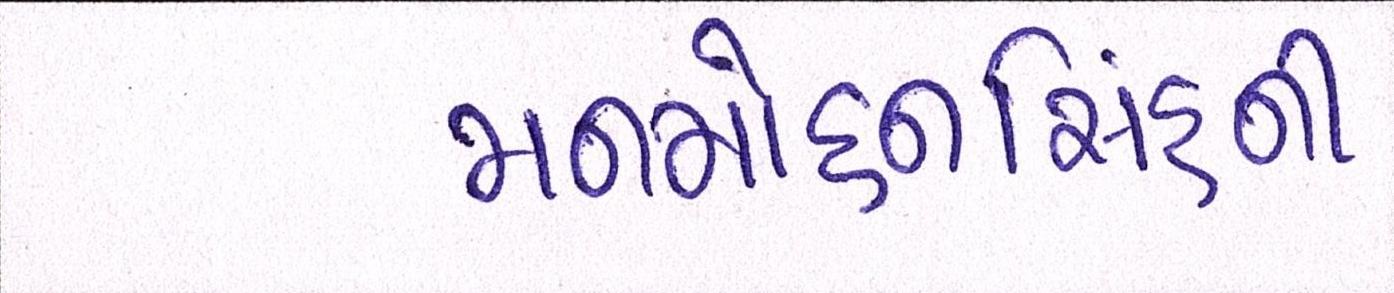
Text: મનમોહનિંસહની